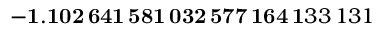
\mathbf { - 1 . 1 0 2 \, 6 4 1 \, 5 8 1 \, 0 3 2 \, 5 7 7 \, 1 6 4 \, 1 } 3 3 \, 1 3 1